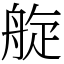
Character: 𦩂